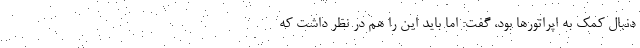
دنبال کمک به اپراتورها بود، گفت: اما باید این را هم در نظر داشت که